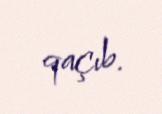
qaçıb.